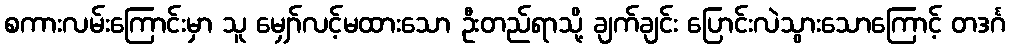
စကားလမ်းကြောင်းမှာ သူ မျှော်လင့်မထားသော ဦးတည်ရာသို့ ချက်ချင်း ပြောင်းလဲသွားသောကြောင့် တဒင်္ဂ